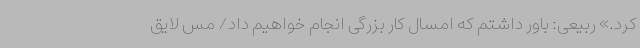
کرد.» ربیعی: باور داشتم که امسال کار بزرگی انجام خواهیم داد/ مس لایق